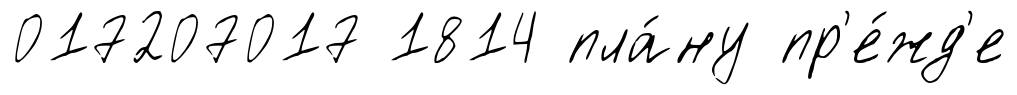
017207017 1814 пла́ну пр'е́жд'е